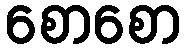
စောစော